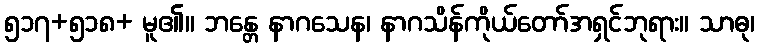
၅၁၇+၅၁၈+ မူ၏။ ဘန္တေ နာဂသေန၊ နာဂသိန်ကိုယ်တော်အရှင်ဘုရား။ သာဓု၊